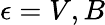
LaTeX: \epsilon=V,B